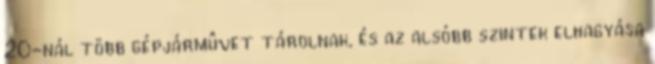
20-nál több gépjármûvet tárolnak, és az alsóbb szintek elhagyása